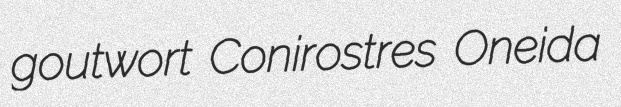
goutwort Conirostres Oneida